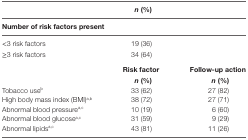
<table><thead><tr><td></td><td><b><i>n</i> (%)</b></td><td></td></tr><tr><td colspan="3"><b>Number of risk factors present</b></td></tr></thead><tbody><tr><td>&lt;3 risk factors</td><td>19 (36)</td><td></td></tr><tr><td>≥3 risk factors</td><td>34 (64)</td><td></td></tr><tr><td></td><td><b>Risk factor</b></td><td><b>Follow-up action</b></td></tr><tr><td></td><td><b><i>n</i> (%)</b></td><td><b><i>n</i> (%)</b></td></tr><tr><td>Tobacco use<sup>b</sup></td><td>33 (62)</td><td>27 (82)</td></tr><tr><td>High body mass index (BMI)<sup>a,b</sup></td><td>38 (72)</td><td>27 (71)</td></tr><tr><td>Abnormal blood pressure<sup>a,c</sup></td><td>10 (19)</td><td>6 (60)</td></tr><tr><td>Abnormal blood glucose<sup>a,c</sup></td><td>31 (59)</td><td>9 (29)</td></tr><tr><td>Abnormal lipids<sup>a,c</sup></td><td>43 (81)</td><td>11 (26)</td></tr></tbody></table>